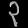
Digit: ၃